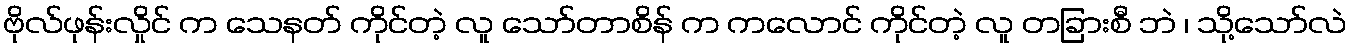
ဗိုလ်ဖုန်းလှိုင် က သေနတ် ကိုင်တဲ့ လူ သော်တာစိန် က ကလောင် ကိုင်တဲ့ လူ တခြားစီ ဘဲ ၊ သို့သော်လဲ